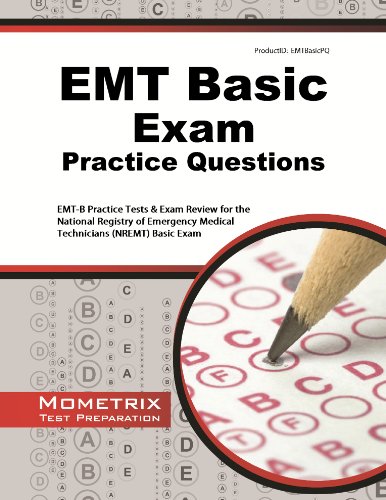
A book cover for EMT Basic Exam Practice Questions: EMT-B Practice Tests & Review for the National Registry of Emergency Medical Technicians (NREMT) Basic Exam; EMT Exam Secrets Test Prep Team; Medical Books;